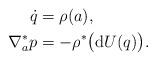
LaTeX: \begin{align*} \dot{q} &= \rho (a) ,\\ \nabla _a ^\ast p &= - \rho ^\ast \bigl( \mathrm{d} U ( q ) \bigr) . \end{align*}